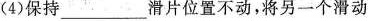
(4)保持___滑片位置不动，将另一个滑动